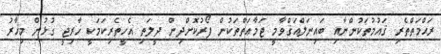
ރަޙްމަތްތެރި ޤައުމުތަކުންނާއި ބައިނަލްއަޤްވާމީ ޖަމާޢަތްތަކުން ފޯރުކޮށްދިން ދީލަތި އެހީތެރިކަމަކީ ޚާރިޖީ ގުޅުން މިހާރު